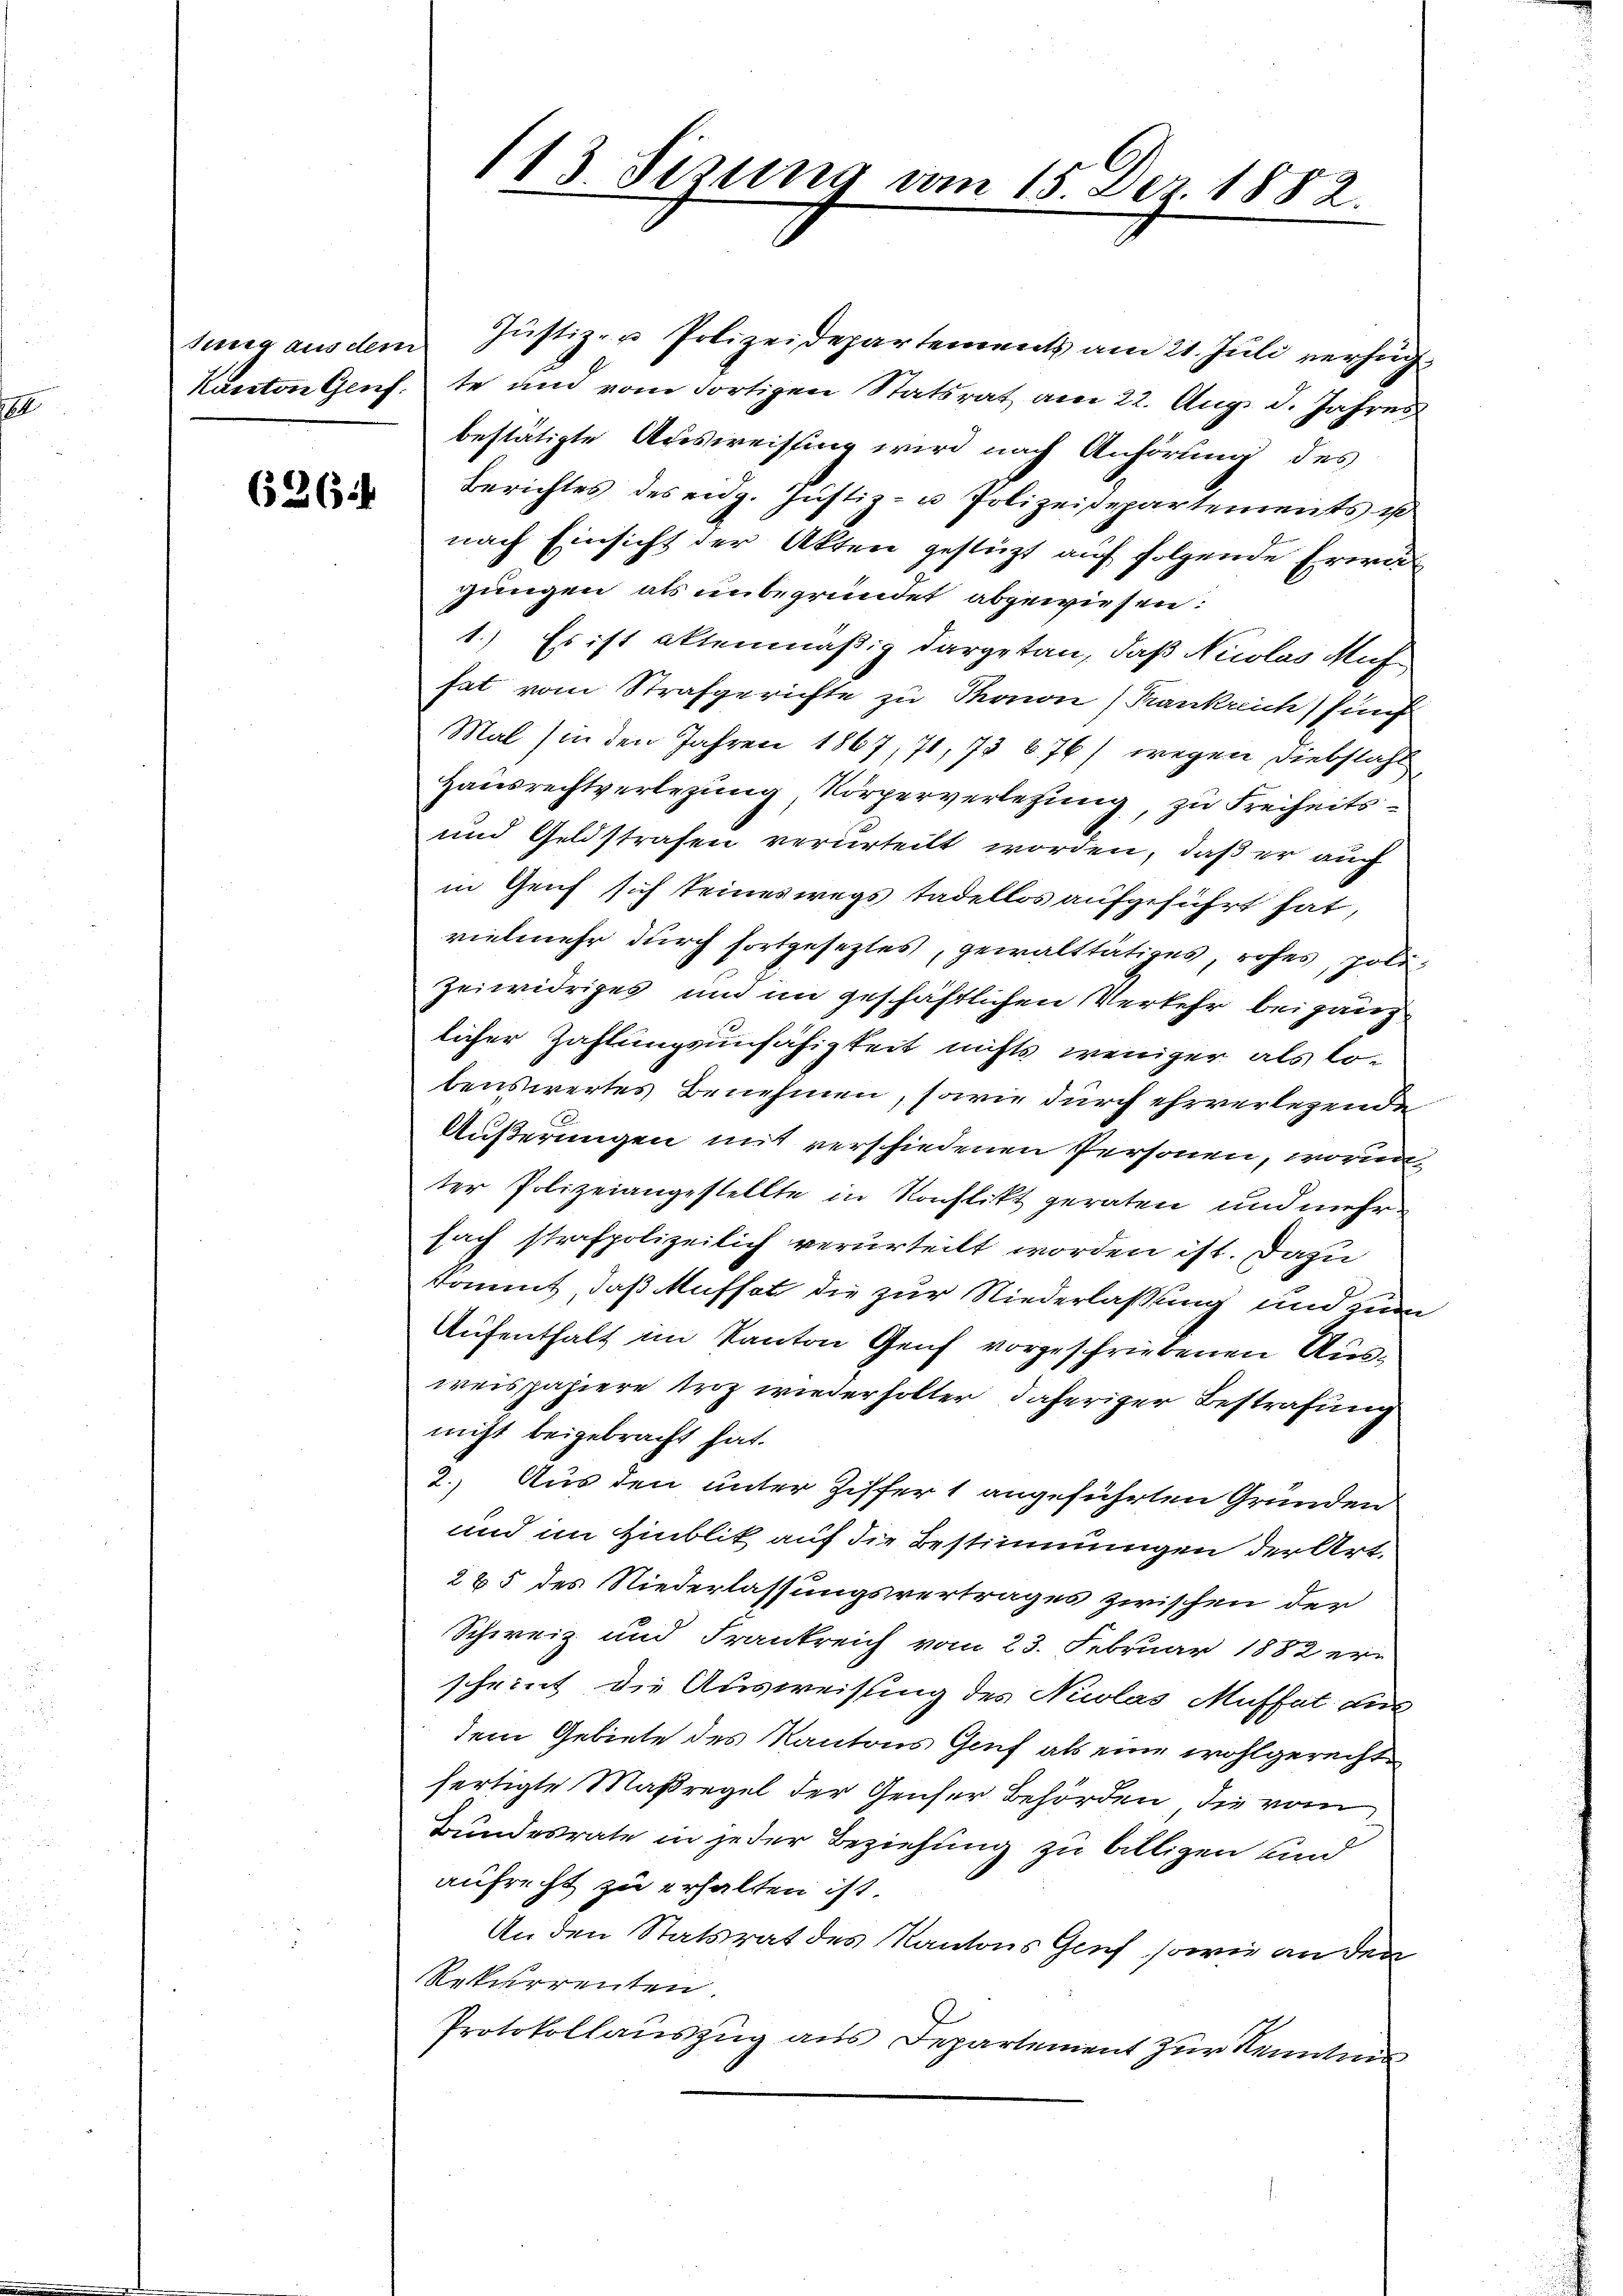
6264

sung aus dem Justiz- u Polizeidepartements am 21. Juli verzüg¬
Kanton Genf. te und vom dortigen Statsrat am 22. Aug. d. Jahres
bestätigte Ausweissung wird nach Anhörung des
Berichtes des eidg. Justiz- u. Polizeidepartements ist
nach Einsicht der Akten gestützt auf folgende Erwägungen als unbegründet abgewiesen:
1.) Es ist attenmäßig dargetan, daß Nicolas Muf
hat vom Strafgerichte zu Thonon) Frankreich fünf
Mal in den Jahren 1867, 71, 73 676) wegen Diebstahl
Hausrechtverlegung, Körperverletzung, zu Freiheits¬
und Geldstrafen verurteilt worden, daß er auch
in Genf sich seineswegs tadellos aufgeführt hat,
vielmehr durch fortgesetztes, gewalttätiges, rohes, poli¬
Zeiwidriges und im geschäftlichen Verkehr bei gänz
licher Zahlungsunfähigkeit nichts weniger als Lobenswertes Benehmen, sowie durch ehrverlegende
Äußerungen mit verschiedenen Personen, worinter Polizeiangestellte in Konflikt geraten und mehr
fach strafpolizeilich verurteilt worden ist. Dazu
kommt, daß Mufsat die zur Niederlaßung und zum
Aufenthalt im Kanton Genf vorgeschriebenen Ausweispapiere troz wiederholter daheriger Bestrafung
nicht beigebracht hat.
2.) Aus den unter Ziffer 1 angeführten Gründen
und im Hinblik auf die Bestimmungen der Art.
285 des Niederlassungsvertrages zwischen der
Schweiz und Frankreich vom 23. Februar 1882 erscheint die Ausweisung des Nuolas Muffet aus
dem Gebiete des Kantons Genf als eine wohlgerechtfertigte Maßregel der Genser Behörden, die vom
Bundesrate in jeder Beziehung zu billigen und
aufrecht zu erhalten ist.
An den Statsrat des Kantons Genf, sowie an den
Rekurrenten.
Protokollauszug aus Departement zur Kenntnis

113. Sizung vom 15. Dez. 1882.